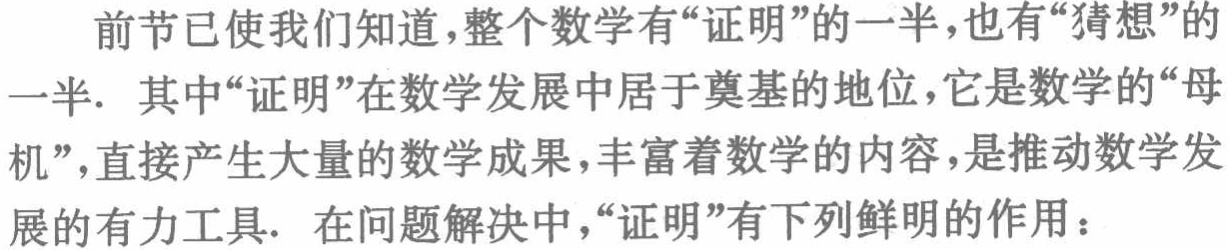
前节已使我们知道，整个数学有“证明”的一半，也有“猜想”的一半. 其中“证明”在数学发展中居于奠基的地位，它是数学的“母机”，直接产生大量的数学成果，丰富着数学的内容，是推动数学发展的有力工具. 在问题解决中，“证明”有下列鲜明的作用：